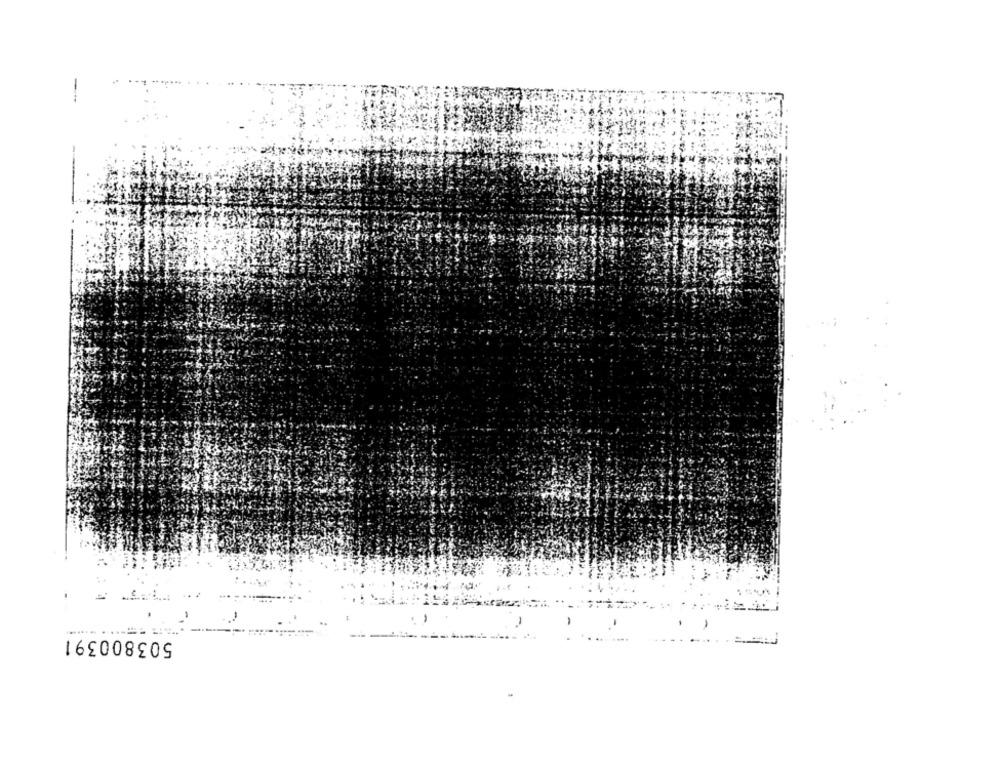
503800391